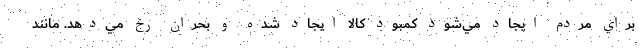
براي مردم ايجاد مي‌شود كمبود كالا ايجاد شده و بحران رخ مي‌دهد. مانند